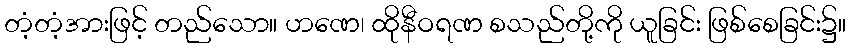
တံ့တံ့အားဖြင့် တည်သော။ ဟဏေ၊ ထိုနီဝရဏ စသည်တို့ကို ယူခြင်း ဖြစ်စေခြင်း၌။